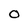
Character: O